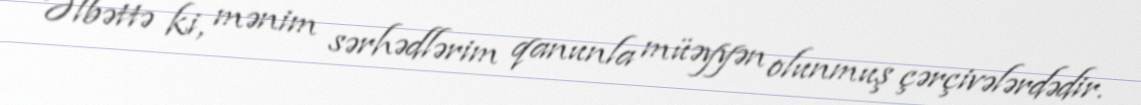
Əlbəttə ki, mənim sərhədlərim qanunla müəyyən olunmuş çərçivələrdədir.